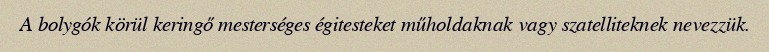
A bolygók körül keringő mesterséges égitesteket műholdaknak vagy szatelliteknek nevezzük.